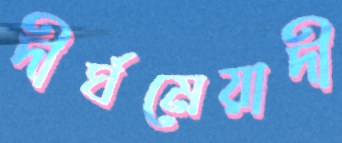
দীর্ঘমেয়াদী